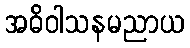
အဓိဝါသနမညာယ